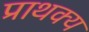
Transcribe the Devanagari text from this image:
प्राथक्य